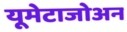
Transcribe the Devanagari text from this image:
यूमेटाजोअन